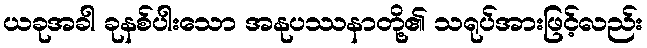
ယခုအခါ ခုနစ်ပါးသော အနုပဿနာတို့၏ သရုပ်အားဖြင့်လည်း